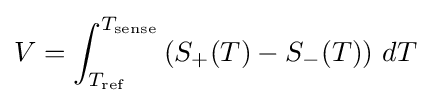
V=\int _{T_{\mathrm {ref} }}^{T_{\mathrm {sense} }}\left(S_{+}(T)-S_{-}(T)\right)\,dT